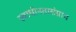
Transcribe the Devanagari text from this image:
स्वाधीनतासंग्राम